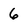
Character: 6